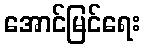
အောင်မြင်ရေး